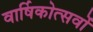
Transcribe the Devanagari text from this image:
वार्षिकोत्सवों